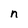
Character: n